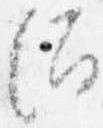
酒